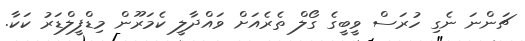
ޗަންނަ ނެގި ހުރަސް ވީބީގެ ގޯލް ތެރެއަށް ވައްދާލީ ކެމަރޫން މިޑްފީލްޑަރު ކަކާ.